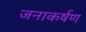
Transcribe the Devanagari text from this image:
जनाकर्षण